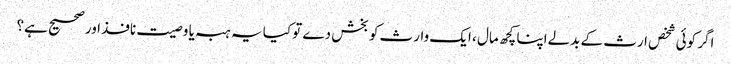
اگر کوئی شخص ارث کے بدلےاپنا کچھ مال ، ایک وارث کو بخش دے تو کیا یہ ہبہ یا وصیت نافذ اور صحیح ہے؟